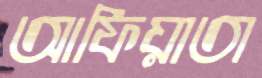
আফিয়াতা